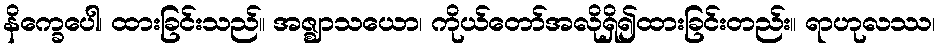
နိက္ခေပေါ၊ ထားခြင်းသည်။ အဇ္ဈာသယော၊ ကိုယ်တော်အလိုရှိ၍ထားခြင်းတည်း။ ရာဟုလဿ၊